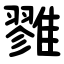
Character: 雡